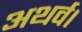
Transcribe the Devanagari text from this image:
अथर्व।